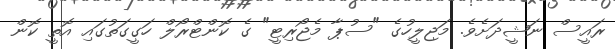
ރައީސް ނަޝީދަށެވެ. މަޖިލީހުގެ "ސުޕާ މެޖޯރިޓީ" ގެ ކޮންޓްރޯލް ހަގީގަތުގައި އޮތީ ކޮން